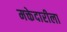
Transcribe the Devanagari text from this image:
मक्तेदारीला